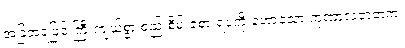
အခြံအရံဖြင့် ကြီးကျယ်စွာ စည်းစိမ်းခံစားရပုံကို ဟောသော ကုဏာလဇာတက၊